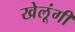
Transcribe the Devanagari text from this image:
खेलूंगी